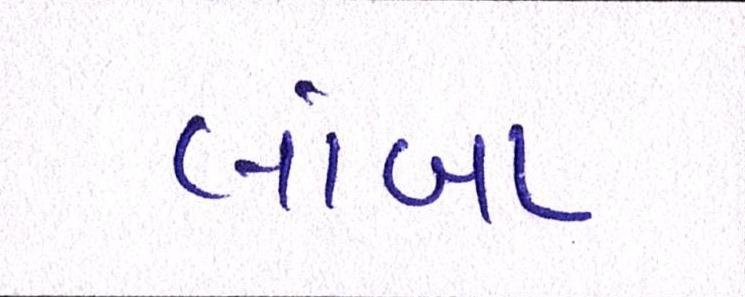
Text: લાંબા